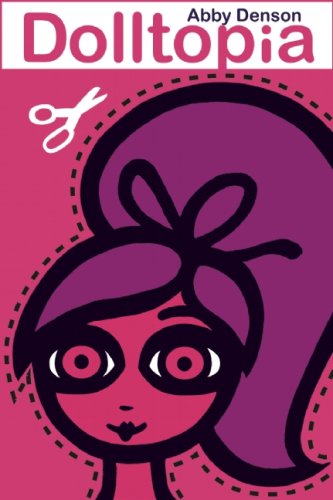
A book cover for Dolltopia; Abby Denson; Comics & Graphic Novels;